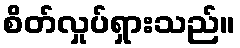
စိတ်လှုပ်ရှားသည်။